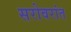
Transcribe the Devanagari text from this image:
सरोवरांत